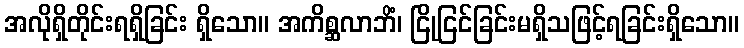
အလိုရှိတိုင်းရရှိခြင်း ရှိသော။ အကိစ္ဆလာဘိံ၊ ငြိုငြင်ခြင်းမရှိသဖြင့်ရခြင်းရှိသော။